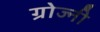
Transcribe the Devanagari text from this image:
ग्रोज्नी